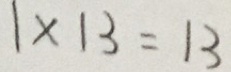
1 \times 1 3 = 1 3